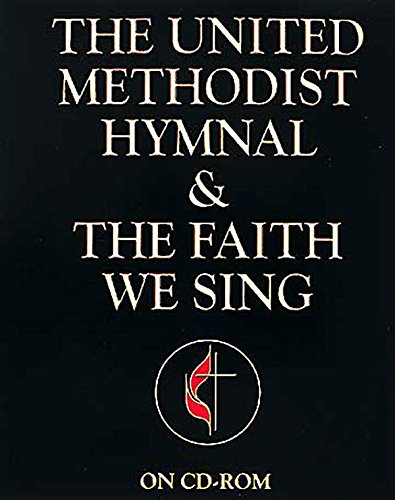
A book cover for The United Methodist Hymnal & The Faith We Sing; Christian Books & Bibles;